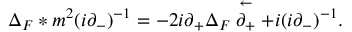
\Delta _ { F } \ast m ^ { 2 } ( i \partial _ { - } ) ^ { - 1 } = - 2 i \partial _ { + } \Delta _ { F } \stackrel { \leftarrow } { \partial _ { + } } + i ( i \partial _ { - } ) ^ { - 1 } .